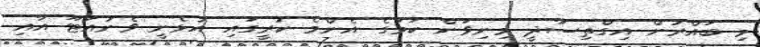
މި ބައްރުން އިގްތިސާދީ މިނިވަން ކަމުގެ އެންމެ ކުރީގައި އުޅެނީ ވެނުއަޓޫ އާއި